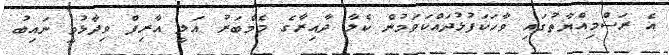
އެ ރަސްމިއްޔާތުގައި ވާހަކަފުޅުދައްކަވަމުން ކެލާ ދާއިރާގެ މެމްބަރު އަލީ އާރިފް ވިދާޅުވީ ނައިބު